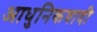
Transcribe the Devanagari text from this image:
आधुनिकवादी